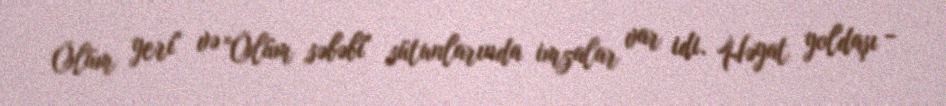
Ölüm yeri" və "Ölüm səbəbi" sütunlarında imzalar var idi. Həyat yoldaşı -